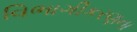
વિભાગીકરણના